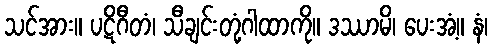
သင်အား။ ပဋိဂီတံ၊ သီချင်းတုံ့ဂါထာကို။ ဒဿာမိ၊ ပေးအံ့။ နံ၊